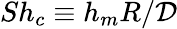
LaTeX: Sh_{c}\equiv{h_{m}R/{\cal D}}